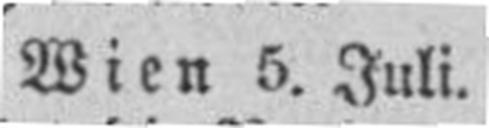
Wien 5. Juli.